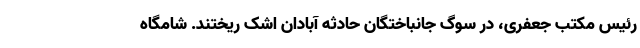
رئیس مکتب جعفری، در سوگ جانباختگان حادثه آبادان اشک ریختند. شامگاه